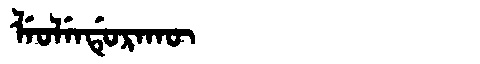
Manchu: ᠯᡝᠣᠯᡝᠨᡩᡠᡵᠠᡴᡡ
Romanization: LEOLENDURAKŪ